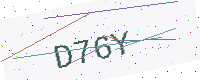
Text: D76Y